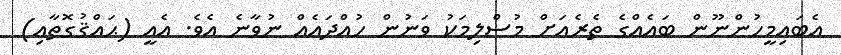
އެބައިމީހުންނޫން ބައެއްގެ ތެރެއަށް މުސްލިމަކު ވަނުން ހުއްދައެއް ނުވާނެ އެވެ. އެއީ (ޙައްޤުގޮތާއި)